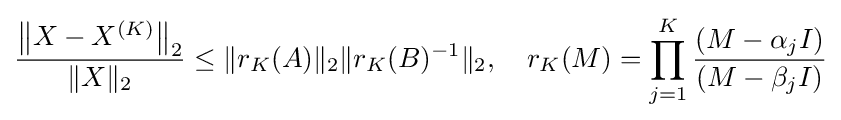
{\frac {\left\|X-X^{(K)}\right\|_{2}}{\|X\|_{2}}}\leq \|r_{K}(A)\|_{2}\|r_{K}(B)^{-1}\|_{2},\quad r_{K}(M)=\prod _{j=1}^{K}{\frac {(M-\alpha _{j}I)}{(M-\beta _{j}I)}}